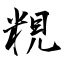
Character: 粯